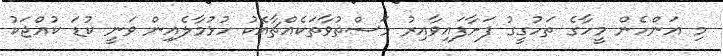
މި އަންހެން މީހާގެ ތަހުގީގު ފަށާފައިވާއިރު މަސްތުވާތަކެއްޗާއެކު ހުޅުމާލެއިން ވަނީ ކުޑަ ކުއްޖަކު